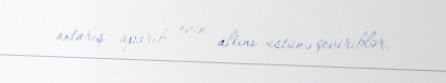
axtarış aparıb evin altını üstünə çeviriblər.